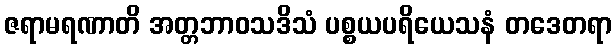
ဇရာမရဏာတိ အတ္တဘာဝသဒိသံ ပစ္စယပရိယေသနံ တဒေတရာ